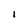
Character: l